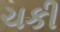
ચકી